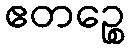
ဧတဉ္စေ